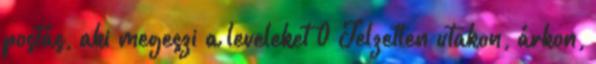
postás, aki megeszi a leveleket 0 Jelzetlen utakon, árkon,